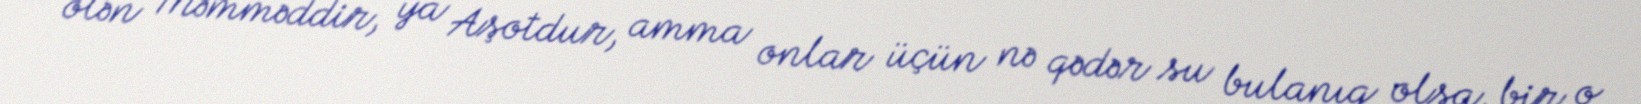
ölən Məmməddir, ya Aşotdur, amma onlar üçün nə qədər su bulanıq olsa, bir o